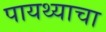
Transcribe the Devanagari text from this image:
पायथ्याचा